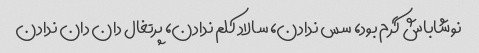
نوشاباش گرم بود، سس ندادن، سالاد کلم ندادن، پرتغال دان دان ندادن